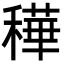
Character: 䅿